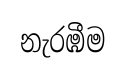
නැරඹීම